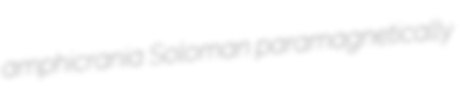
amphicrania Soloman paramagnetically